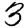
Digit: 3